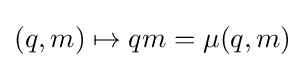
(q,m)\mapsto qm=\mu (q,m)